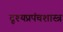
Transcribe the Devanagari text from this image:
दृश्यप्रपंचशास्त्र